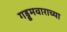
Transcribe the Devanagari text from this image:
गड्डमवाराच्या